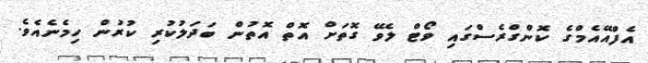
އެފްއޭއެމްގެ ކޮންގްރެސްގައި ވޯޓް ލެވޭ ގޮތަށް އޮތް އޮތުން ބަދަލުކުރި ކުރުން ހިމެނެއެވެ.